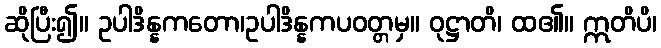
ဆိုပြီး၍။ ဥပါဒိန္နကတော၊ဥပါဒိန္နကပဝတ္တမှ။ ဝုဋ္ဌာတိ၊ ထ၏။ ဣတိပိ၊